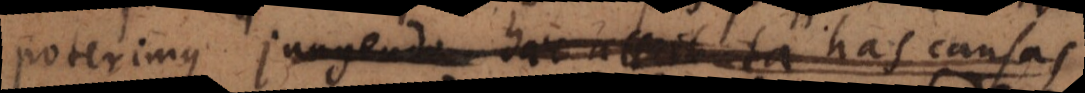
poterimus jungenda haec attributa has causas